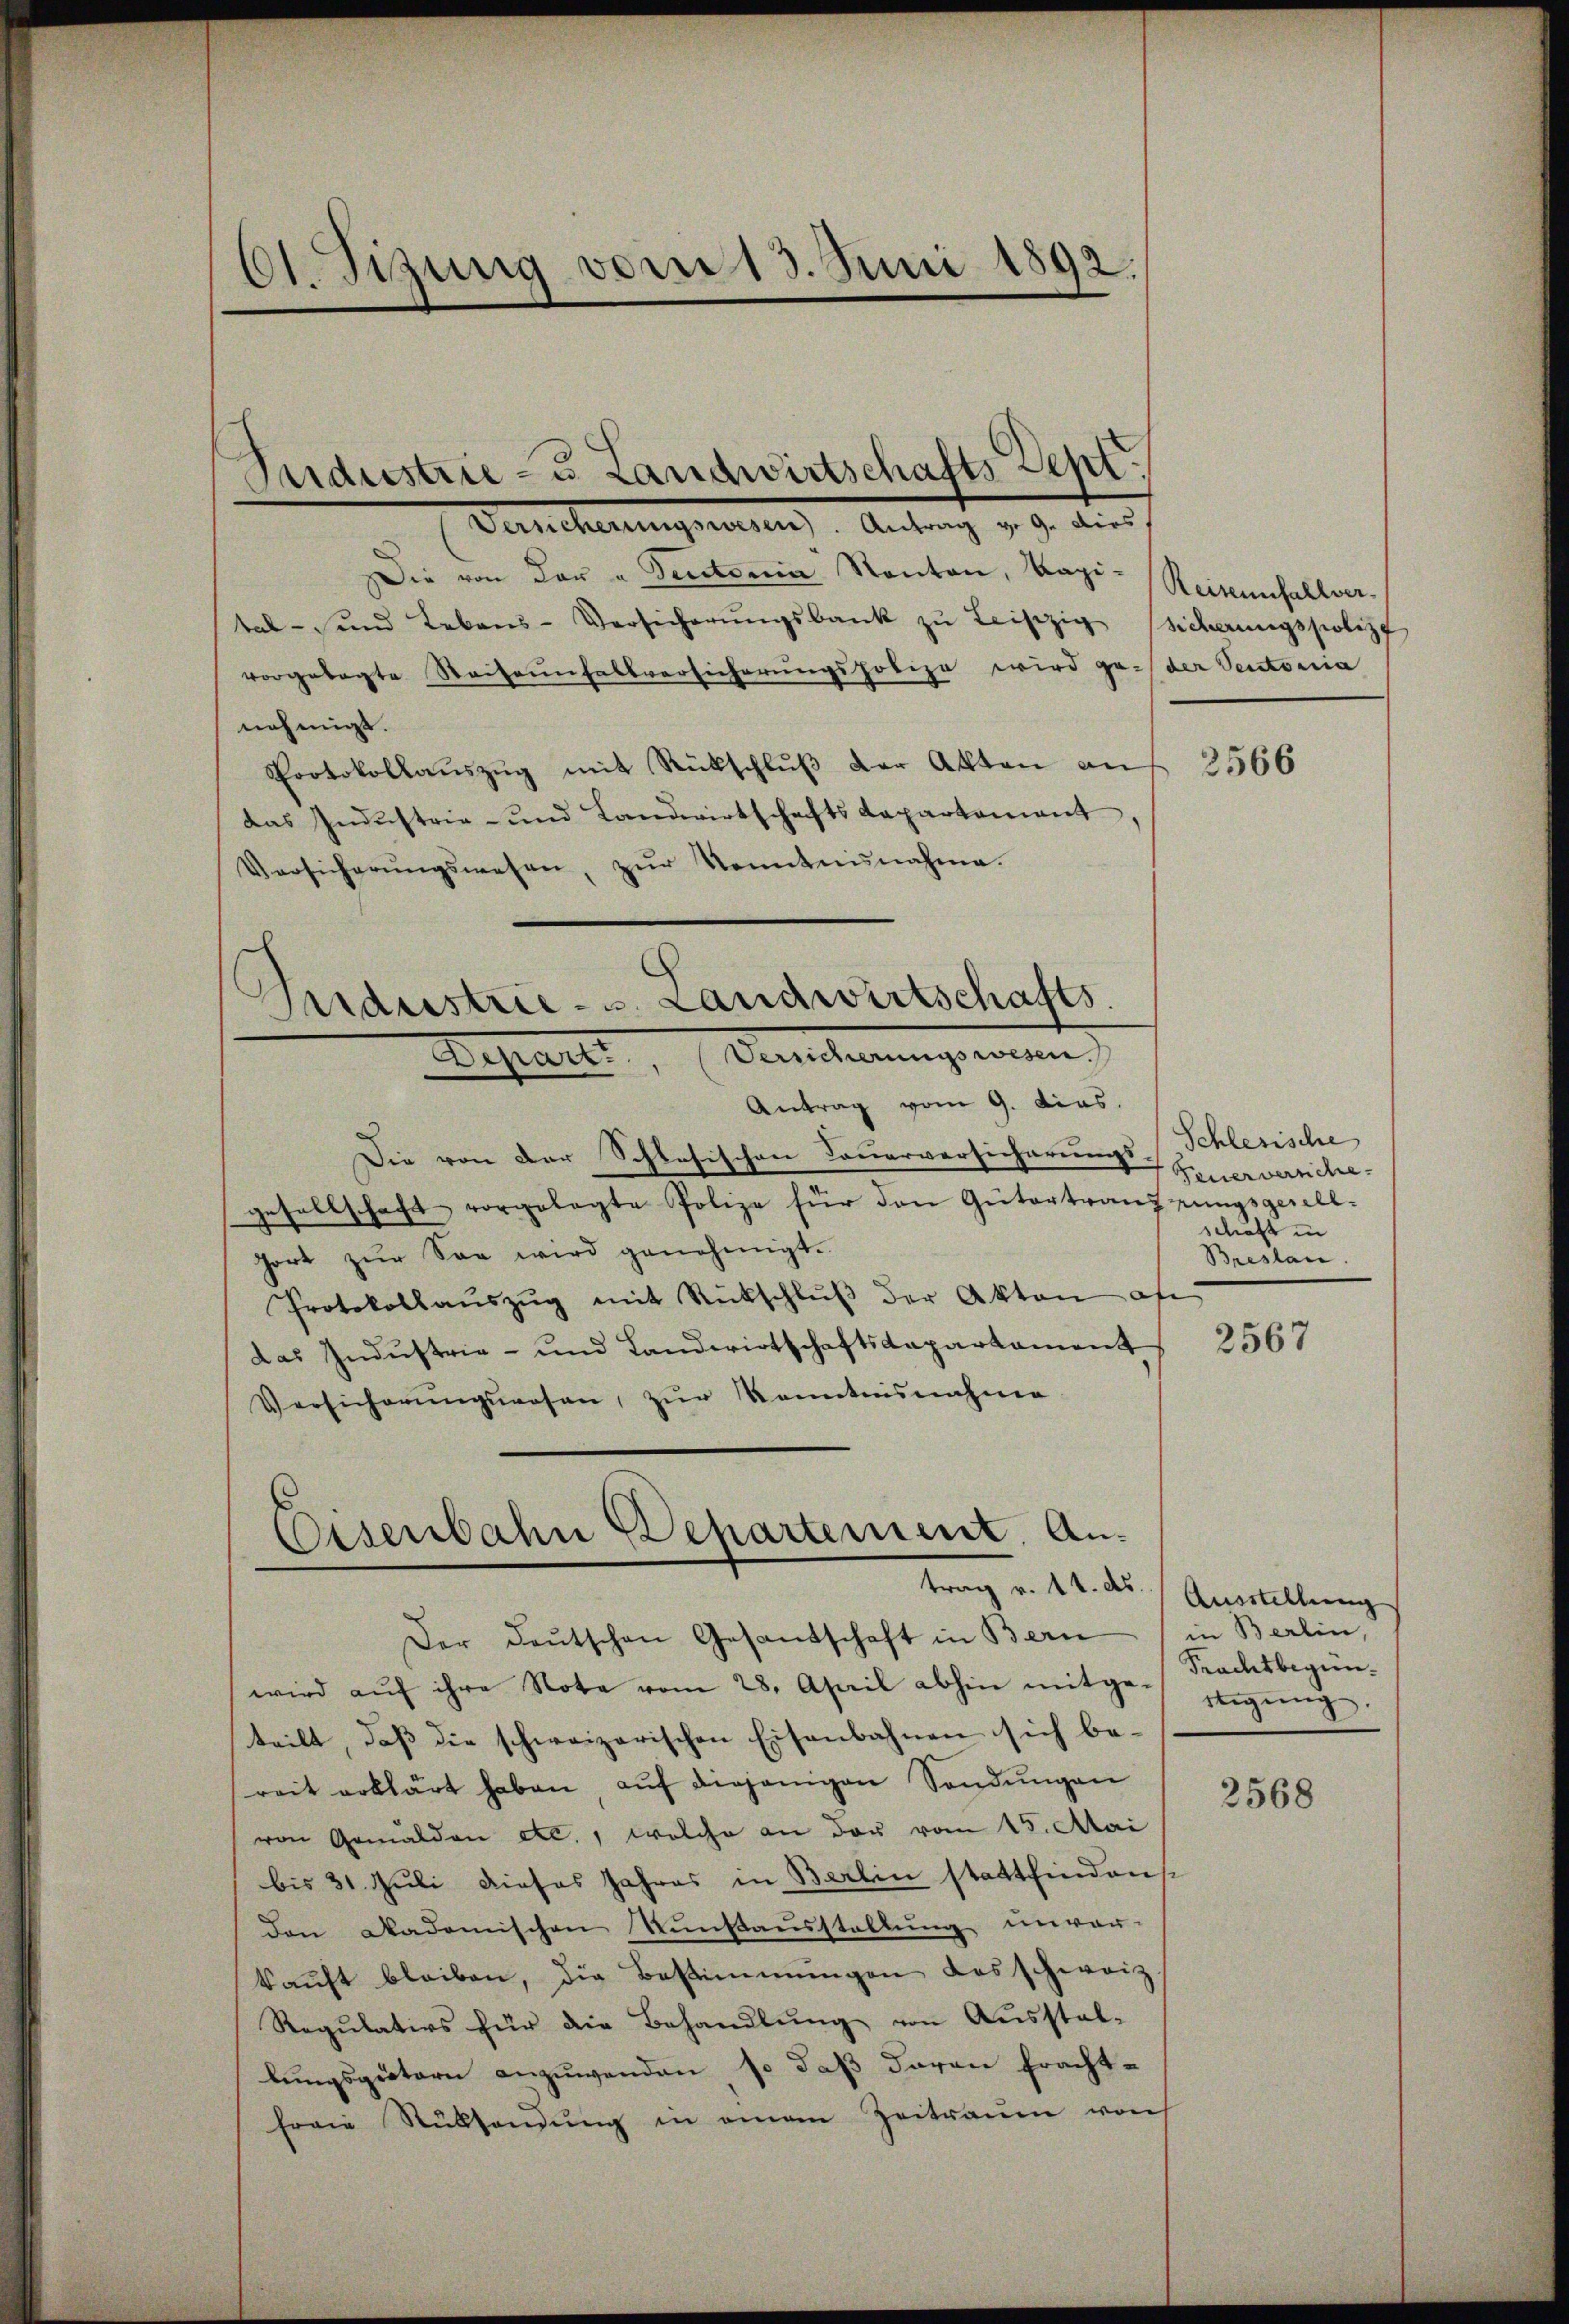
61. Sizung vom 13. Juni 1892.

Sudustrie- u Landwirtschafts Sept.
Verscherungswesen. Antrag v. 9. dies
Die von der u. Pectoria Kanton, Kapi- Reistenfallver-
tal- und Lebens-Versicherŭngsbank zŭ leiszig Sicherungspoliz
vorgelegte Seiteinfallversicherungspolize wird ge- der Sectonia
nehmigt.
Protokollaŭszŭg mit Rückschlŭβ der Akten an
das Industrie- und Landwirtschafts Departement
Versicherŭngswesen, zŭr Kenntnisnahme.

Industrie- u. Landwirtschafts
Depart. (Versicherungswesen.

Antrag vom 9. dies.
Die von der Schlesischen Dauerversicherungs (Schlesische
gesellschaft vorgelegte Polize für den Gütertranz rungsgesell-
Gort zŭr See wird genehmigt.
Protokollaŭszŭg mit Rückschlŭβ der Akten of
das Industrie- und Landwirtschaftsdepartament
Versicherŭngswesen, zŭr Kenntnisnahme

Eisenbahn Departement. An¬

trag v. 14. ds.
Der Deutschen Gesandschaft in Bern
wird aŭf ihre Note vom 28. April abhin mitgestigŭng.
teilt, daß die schweizerischen Eisenbahnen sich be-
reit erklärt haben, auf diejenigen Sendungen
von Gemälden etc., welche an der vom 15. Mai
bis 31. Juli dieses Jahres in Berlin stattfindens
den Akademischen Kunstausstaltung unver-
kaŭft bleiben, die Bestimmungen das schweiz
Regulativs für die Behandlung von Ausstal-
lungsgütern anzuwenden, so daß daran frachtfrau Rüksendung in einem Zeitraum von

2566

Feuerversche
schaft in
Breslan

2567

Ausstellung
in Berlin,
Frachtbegün¬

2568